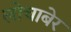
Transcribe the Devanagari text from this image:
लोचाबेर